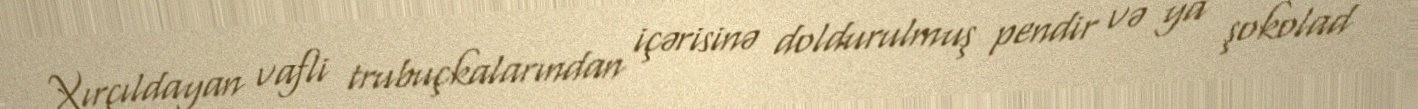
Xırçıldayan vafli trubuçkalarından içərisinə doldurulmuş pendir və ya şokolad